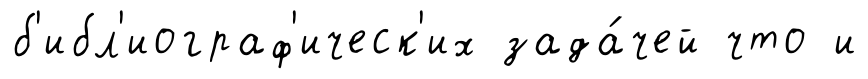
б'ибл'иограф'ическ'их зада́чей что и